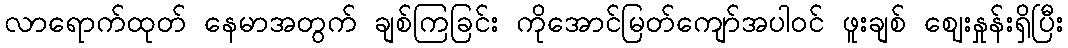
လာရောက်ထုတ် နေမာအတွက် ချစ်ကြခြင်း ကိုအောင်မြတ်ကျော်အပါဝင် ဖူးချစ် ဈေးနှုန်းရှိပြီး